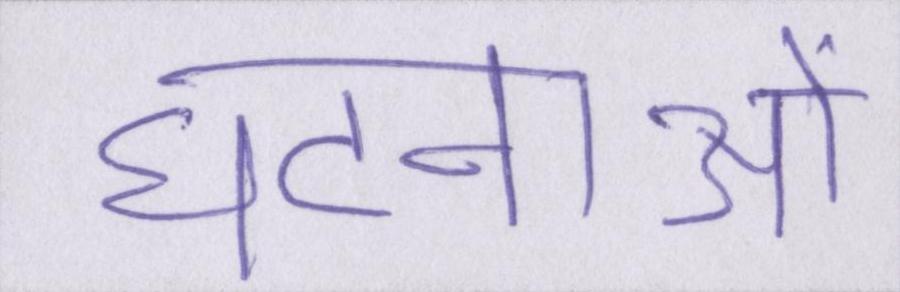
घटनाओं